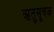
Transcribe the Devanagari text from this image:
ऋतुसूचक